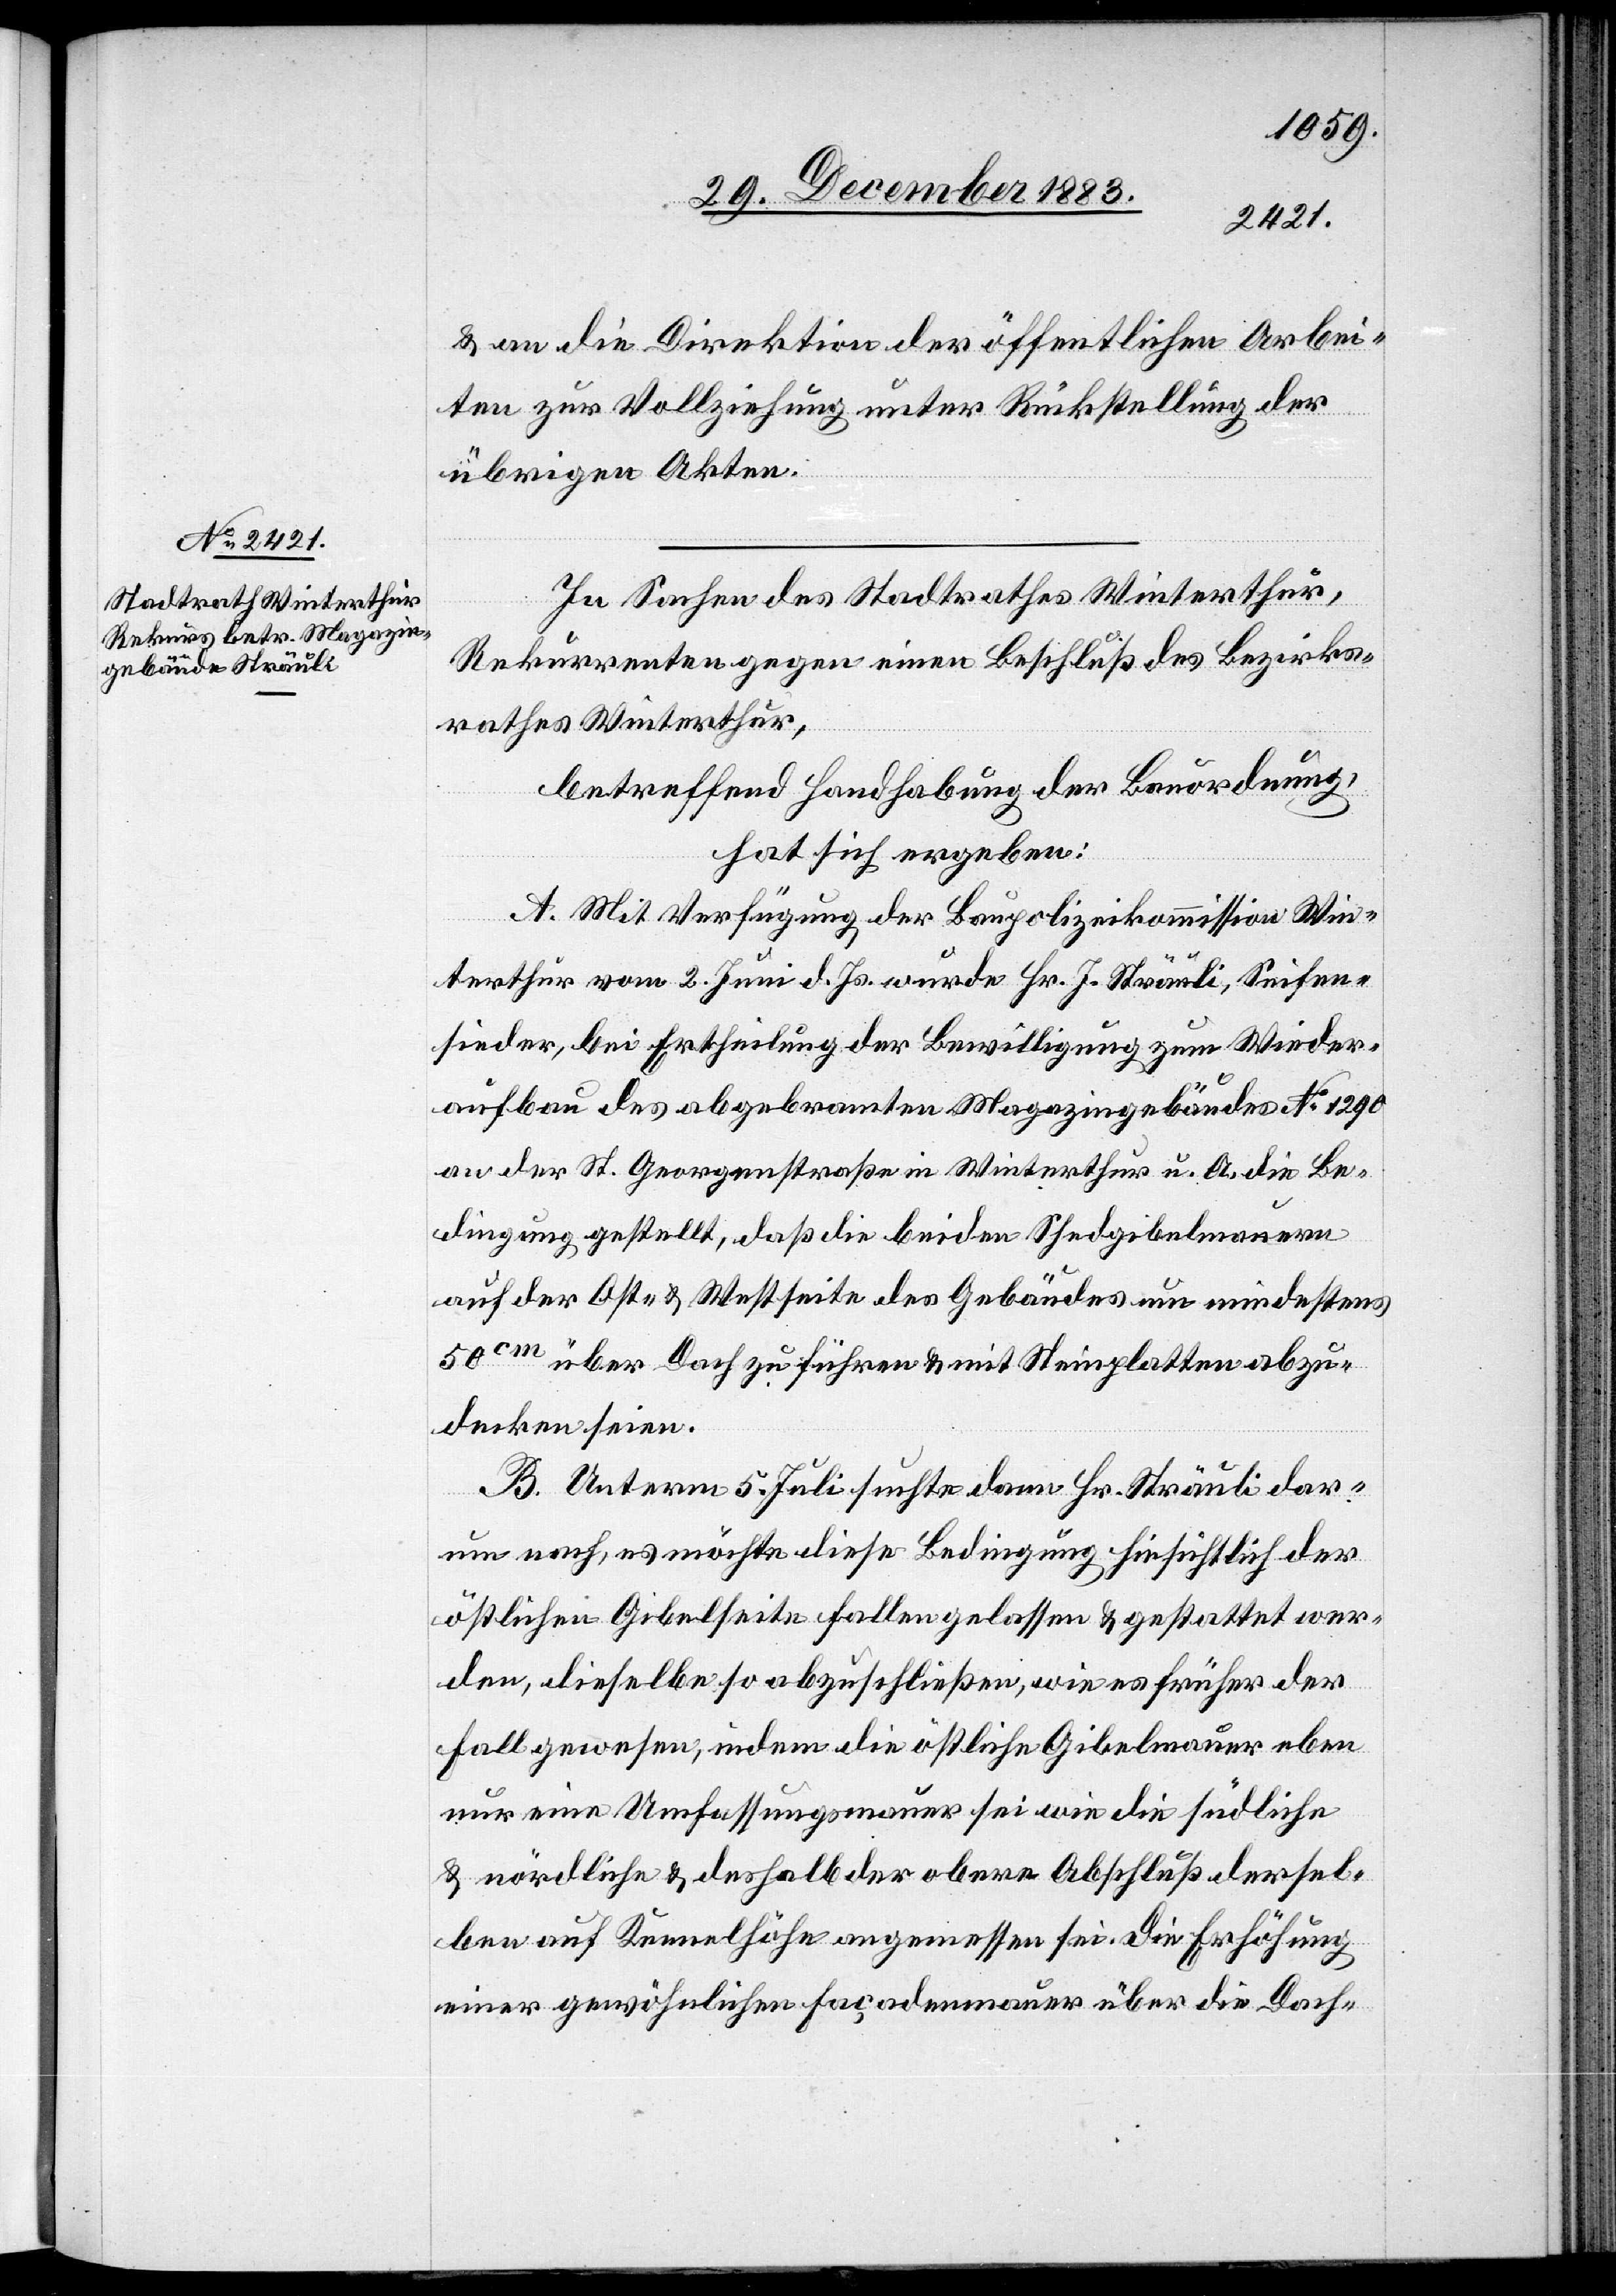
& an die Direktion der öffentlichen Arbei¬
ten zur Vollziehung unter Rückstellung der
übrigen Akten.
In Sachen des Stadtrathes Winterthur,
Rekurrenten gegen einen Beschluß des Bezirks¬
rathes Winterthur,
betreffend Handhabung der Bauordnung,
hat sich ergeben:
A. Mit Verfügung der Baupolizeikommission Win¬
terthur vom 2.Juni d. Js. wurde Hr. J. Sträuli, Seifen¬
sieder, bei Ertheilung der Bewilligung zum Wieder¬
aufbau des abgebrannten Magazingebäudes No 1290
an der St. Georgenstraße in Winterthur u. A. die Be¬
dingung gestellt, daß die beiden Shedgibelmauern
auf der Ost- & Westseite des Gebäudes nun mindestens
50cm über Dach zu führen & mit Steinplatten abzu¬
decken seien.
B. Unterm 5. Juli suchte dann Hr. Sträuli dar¬
um nach, es möchte diese Bedingung hinsichtlich der
östlichen Gibelseite fallen gelassen & gestattet wer¬
den, dieselbe so abzuschließen, wie es früher der
Fall gewesen, indem die östliche Gibelmauer eben
nur eine Umfassungsmauer sei wie die südliche
& nördliche & deshalb der obere Abschluß dersel¬
ben auf Kennelhöhe angemessen sei. Die Erhöhung
einer gewöhnlichen Façadenmauer über die Dach-